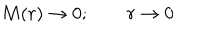
M ( r ) \rightarrow 0 ; \qquad r \rightarrow 0